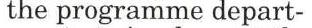
the programme depart-